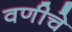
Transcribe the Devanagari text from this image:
वणीचे